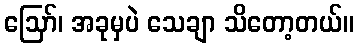
ဩော်၊ အခုမှပဲ သေချာ သိတော့တယ်။